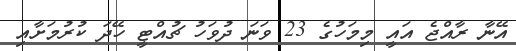
އޭނާ ރާއްޖެ އައީ މިމަހުގެ 23 ވަނަ ދުވަހު ޗުއްޓީ ހޭދަ ކުރުމަށާއި